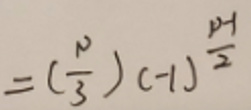
$=(\frac {p}{3})(-1)^{\frac {p - 1}{2}}$